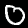
Digit: 0